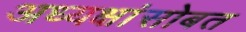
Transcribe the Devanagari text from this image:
अध्यक्षांसोबत